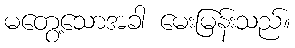
မတွေ့သောအခါ မေးမြန်းသည်။